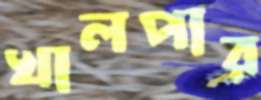
খালপার